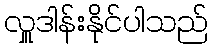
လှူဒါန်းနိုင်ပါသည်